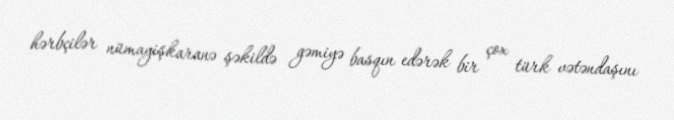
hərbçilər nümayişkaranə şəkildə gəmiyə basqın edərək bir çox türk vətəndaşını